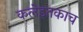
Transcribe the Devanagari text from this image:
कलेइतकाच